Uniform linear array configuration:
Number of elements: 48
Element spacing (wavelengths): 1
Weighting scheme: binomial
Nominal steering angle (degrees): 0
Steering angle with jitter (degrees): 1.037
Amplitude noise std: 0.05
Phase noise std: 0.05

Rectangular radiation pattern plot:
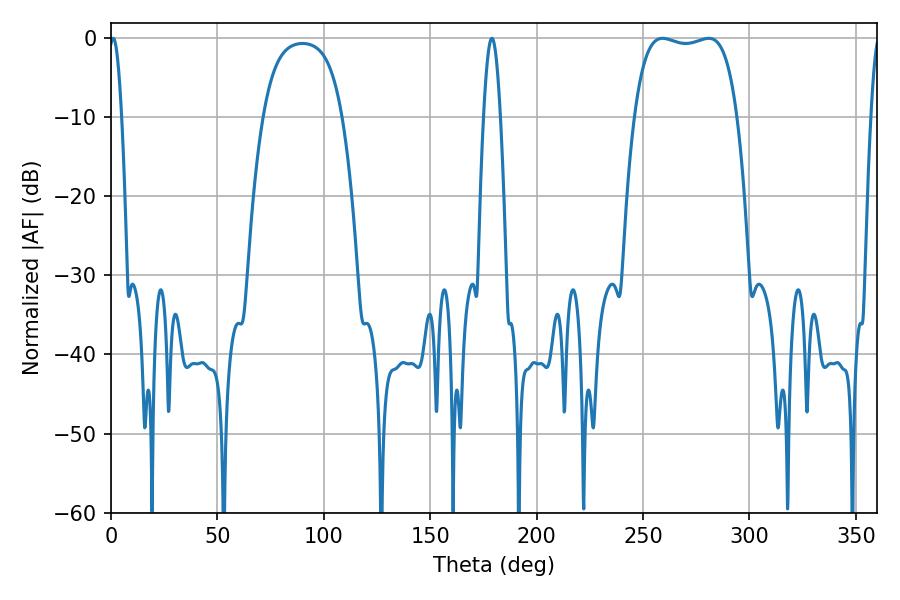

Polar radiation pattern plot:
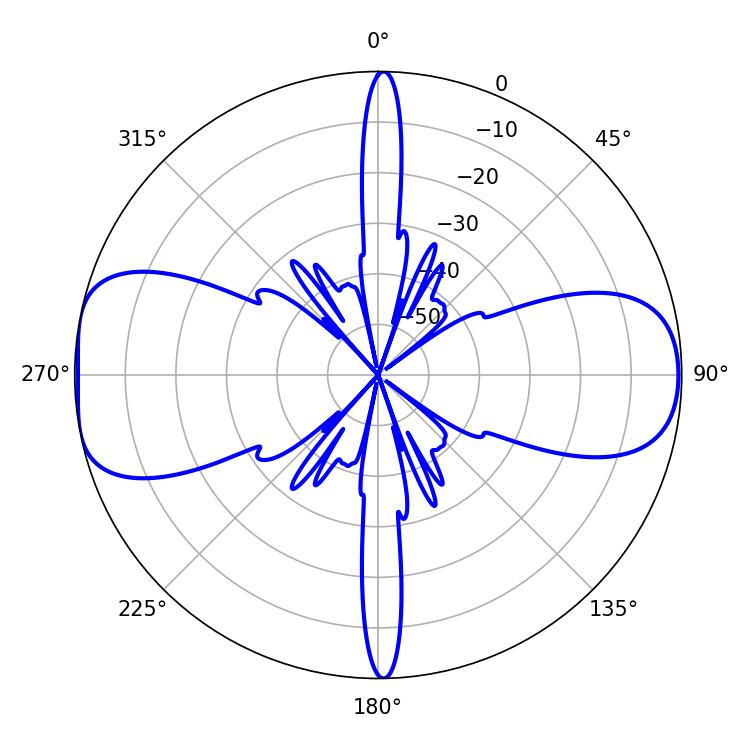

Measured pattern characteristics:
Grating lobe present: TRUE
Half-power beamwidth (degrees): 38.52
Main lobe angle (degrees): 259.2